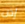
إذن